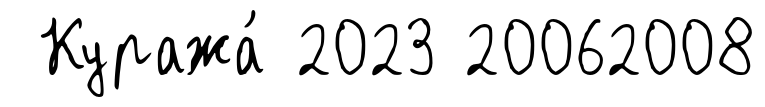
Куража́ 2023 20062008